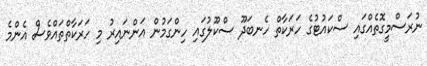
ނުރަސްމީގޮތެއްގައި ސްކައުޓުގެ ހަރަކާތް ހެނބަދޫ ސްކޫލުގައި ހިންގަމުން އަންނައިރު މި ހަރަކާތްތައްވެސް އެންމެ